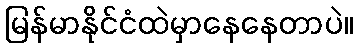
မြန်မာနိုင်ငံထဲမှာနေနေတာပဲ။